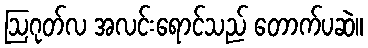
ဩဂုတ်လ အလင်းရောင်သည် တောက်ပဆဲ။